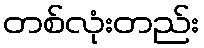
တစ်လုံးတည်း